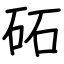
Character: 砳